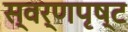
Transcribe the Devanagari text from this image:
स्वर्णपृष्ट